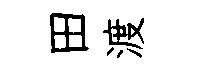
田渡